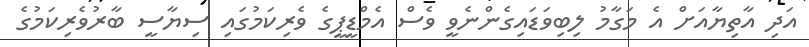
އަދި އާތިޔާއަށް އެ މަގާމު ލިބިވަޑައިގެންނެވީ ވެސް އެމްޑީޕީގެ ވެރިކަމުގައި ސިޔާސީ ބާރުވެރިކަމުގެ